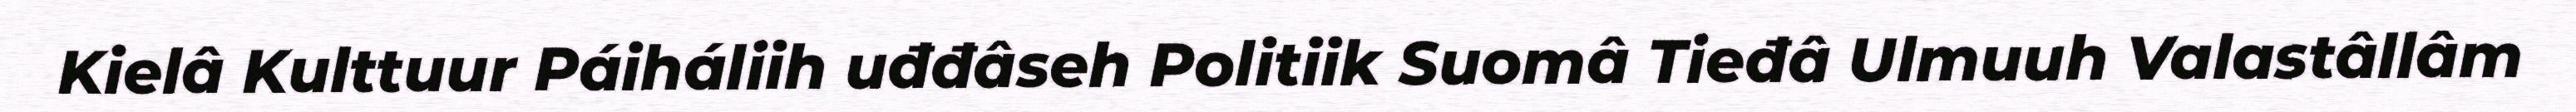
Kielâ Kulttuur Páiháliih uđđâseh Politiik Suomâ Tieđâ Ulmuuh Valastâllâm